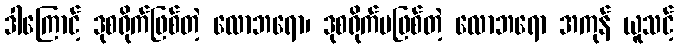
ဒါကြောင့် ဒုစရိုက်ဖြစ်တဲ့ လောဘရော၊ ဒုစရိုက်မဖြစ်တဲ့ လောဘရော အကုန် ယူသင့်